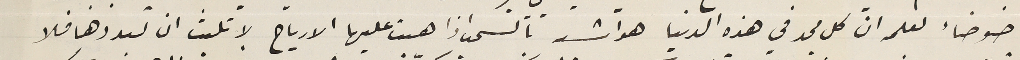
ضوضاء لعلمه انّ كل مجد في هذه الدنيا هو اشد بالسحب اذا هبت عليها الارياح لا تلبث ان تبددها فلا